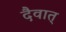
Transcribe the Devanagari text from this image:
दैवात्‌